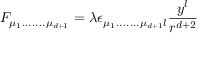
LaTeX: F _ { \mu _ { 1 } . . . . . . . \mu _ { d + 1 } } = \lambda \epsilon _ { \mu _ { 1 } . . . . . . . \mu _ { d + 1 } l } \frac { y ^ { l } } { r ^ { d + 2 } }